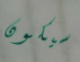
سيكون